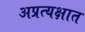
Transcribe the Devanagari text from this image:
अप्रत्यक्षात